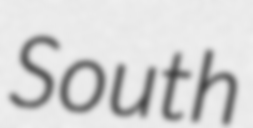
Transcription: South